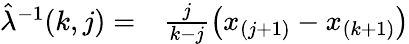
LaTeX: \begin{array}{rl}{\hat{\lambda}^{-1}(k,j)=}&{{}\frac{j}{k-j}\left(x_{(j+1)}-{x_{(k+1)}}\right)}\end{array}